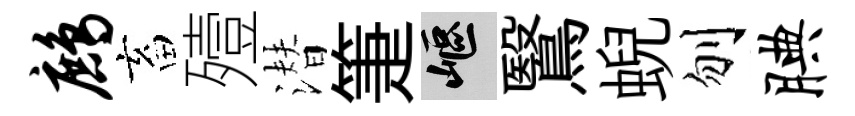
鹧畜殪潜箑嶇鷖蜺刎腆